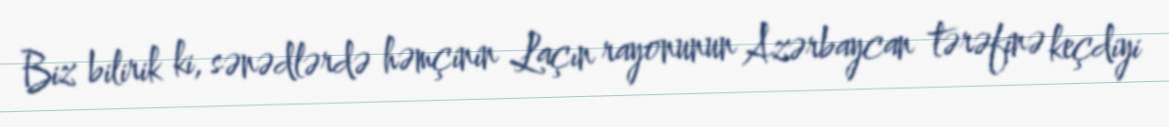
Biz bilirik ki, sənədlərdə həmçinin Laçın rayonunun Azərbaycan tərəfinə keçdiyi